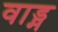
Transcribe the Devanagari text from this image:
वाड्म